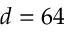
d = 6 4